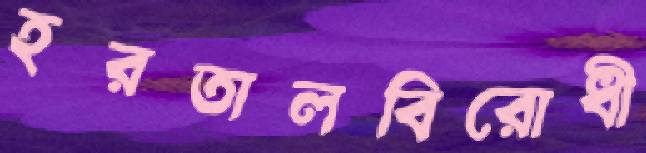
হরতালবিরোধী